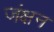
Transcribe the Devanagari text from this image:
जंक्षन